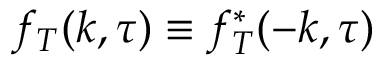
f _ { T } ( k , \tau ) \equiv f _ { T } ^ { * } ( - k , \tau )